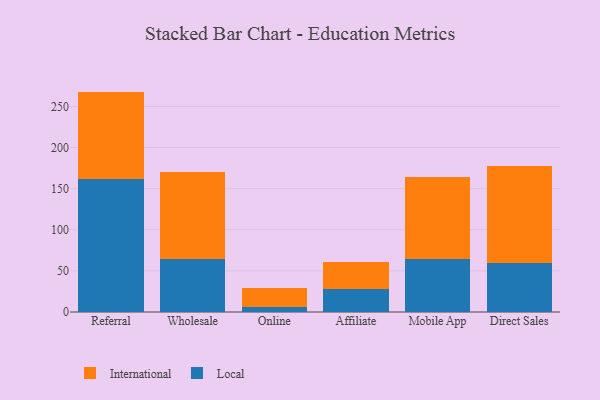
{"axis": {"x": "Channel", "y": "Population (Million)"}, "legend": ["International", "Local"], "data": [{"x": "Referral", "y": 161.6, "type": "Local"}, {"x": "Referral", "y": 106.4, "type": "International"}, {"x": "Wholesale", "y": 64.2, "type": "Local"}, {"x": "Wholesale", "y": 105.9, "type": "International"}, {"x": "Online", "y": 6.3, "type": "Local"}, {"x": "Online", "y": 22.5, "type": "International"}, {"x": "Affiliate", "y": 27.7, "type": "Local"}, {"x": "Affiliate", "y": 33.6, "type": "International"}, {"x": "Mobile App", "y": 64.0, "type": "Local"}, {"x": "Mobile App", "y": 100.3, "type": "International"}, {"x": "Direct Sales", "y": 59.1, "type": "Local"}, {"x": "Direct Sales", "y": 118.7, "type": "International"}]}